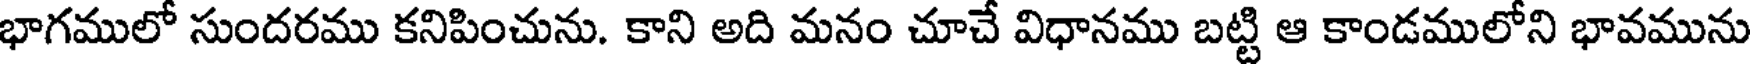
భాగములో సుందరము కనిపించును. కాని అది మనం చూచే విధానము బట్టి ఆ కాండములోని భావమును